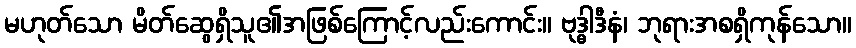
မဟုတ်သော မိတ်ဆွေရှိသူ၏အဖြစ်ကြောင့်လည်းကောင်း။ ဗုဒ္ဓါဒီနံ၊ ဘုရားအစရှိကုန်သော။